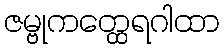
ဇမ္ဗုကတ္ထေရဂါထာ